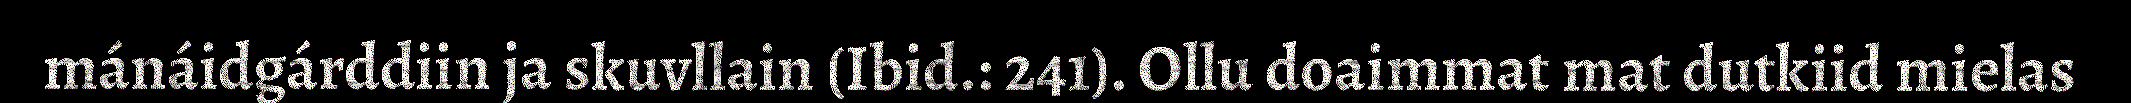
mánáidgárddiin ja skuvllain (Ibid.: 241). Ollu doaimmat mat dutkiid mielas